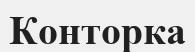
Конторка